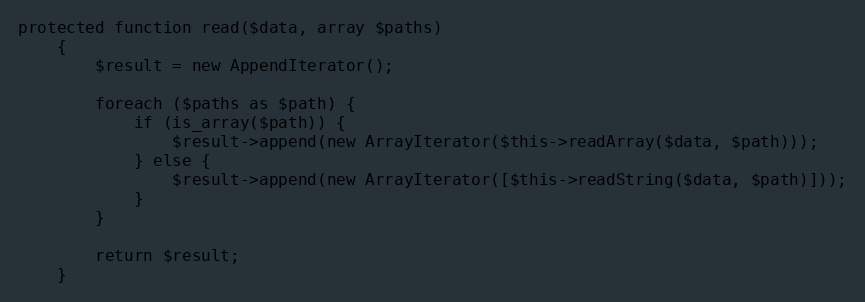
Language: PHP
protected function read($data, array $paths)
    {
        $result = new AppendIterator();

        foreach ($paths as $path) {
            if (is_array($path)) {
                $result->append(new ArrayIterator($this->readArray($data, $path)));
            } else {
                $result->append(new ArrayIterator([$this->readString($data, $path)]));
            }
        }

        return $result;
    }